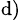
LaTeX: ^{\mathrm{d})}